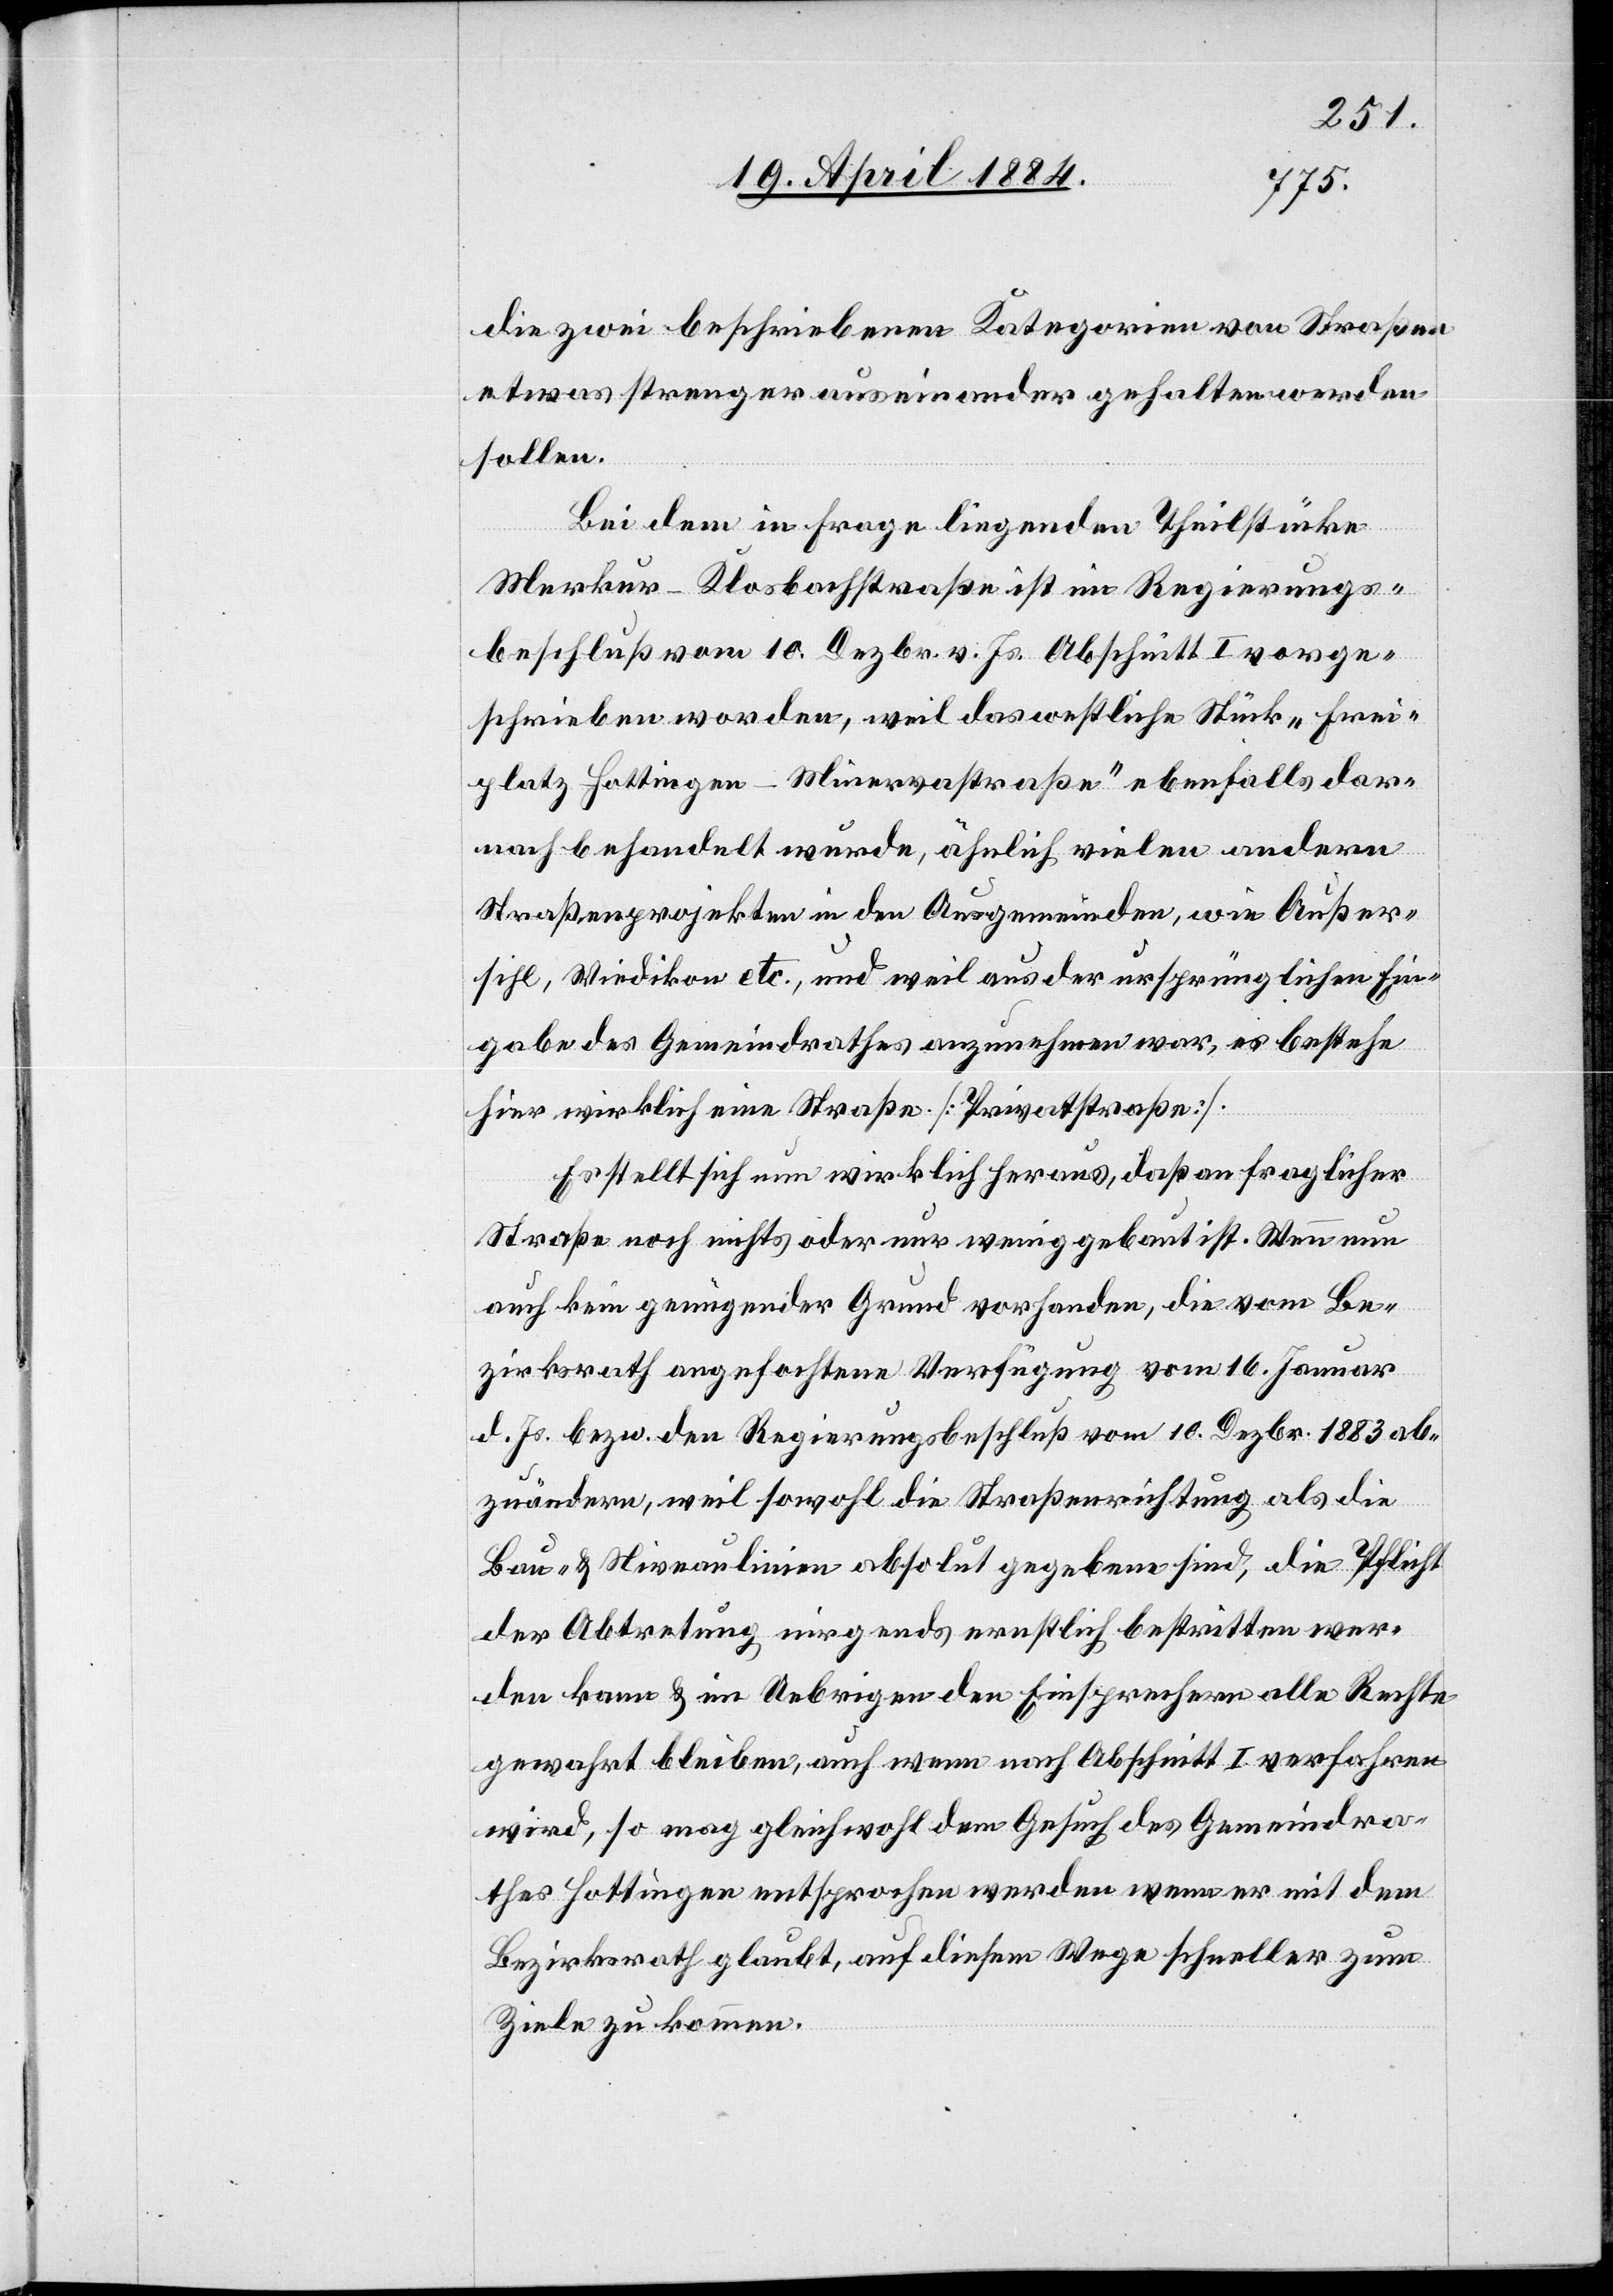
die zwei beschriebenen Kategorien von Straßen
etwas strenger auseinander gehalten werden
sollen.
Bei dem in Frage liegenden Theilstücke
Merkur–Klosbachstraße ist im Regierungs¬
beschluße vom 10. Dezbr. v. Js. Abschnitt I vorge¬
schrieben worden, weil das westliche Stück „Frei¬
platz Hottingen–Minervastraße“ ebenfalls dar¬
nach behandelt wurde, ähnlich vielen andern
Straßenprojekten in den Ausgemeinden, wie Außer¬
sihl, Wiedikon etc., und weil aus der ursprünglichen Ein¬
gabe des Gemeindrathes anzunehmen war, es bestehe
hier wirklich eine Straße [Privatstraße].
Es stellt sich nun wirklich heraus, daß an fraglicher
Straße noch nichts oder nur wenig gebaut ist. Wenn nun
auch kein genügender Grund vorhanden, die vom Be¬
zirksrath angefochtene Verfügung vom 16. Januar
d. Js. bezw. den Regierungsbeschluß vom 10. Dezbr. 1883 ab¬
zuändern, weil sowohl die Straßenrichtung als die
Bau- & Niveaulinien absolut gegeben sind, die Pflicht
der Abtretung nirgends ernstlich bestritten wer¬
den kann & im Uebrigen den Einsprechern alle Rechte
gewahrt bleiben, auch wenn nach Abschnitt I verfahren
wird, so mag gleichwohl dem Gesuch des Gemeindra¬
thes Hottingen entsprochen werden wenn er mit dem
Bezirksrath glaubt, auf diesem Wege schneller zum
Ziele zu kommen.